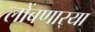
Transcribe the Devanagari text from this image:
लोंबणार्‍या